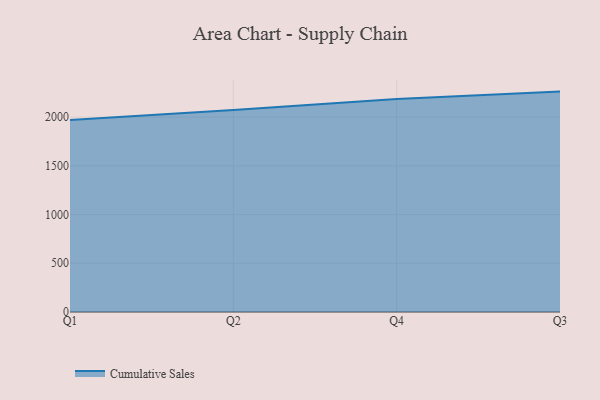
{"axis": {"x": "Quarter", "y": "Shipments"}, "legend": ["Cumulative Sales"], "data": [{"x": "Q1", "y": 1971.3, "type": "Cumulative Sales"}, {"x": "Q2", "y": 2073.5, "type": "Cumulative Sales"}, {"x": "Q4", "y": 2187.0, "type": "Cumulative Sales"}, {"x": "Q3", "y": 2262.4, "type": "Cumulative Sales"}]}